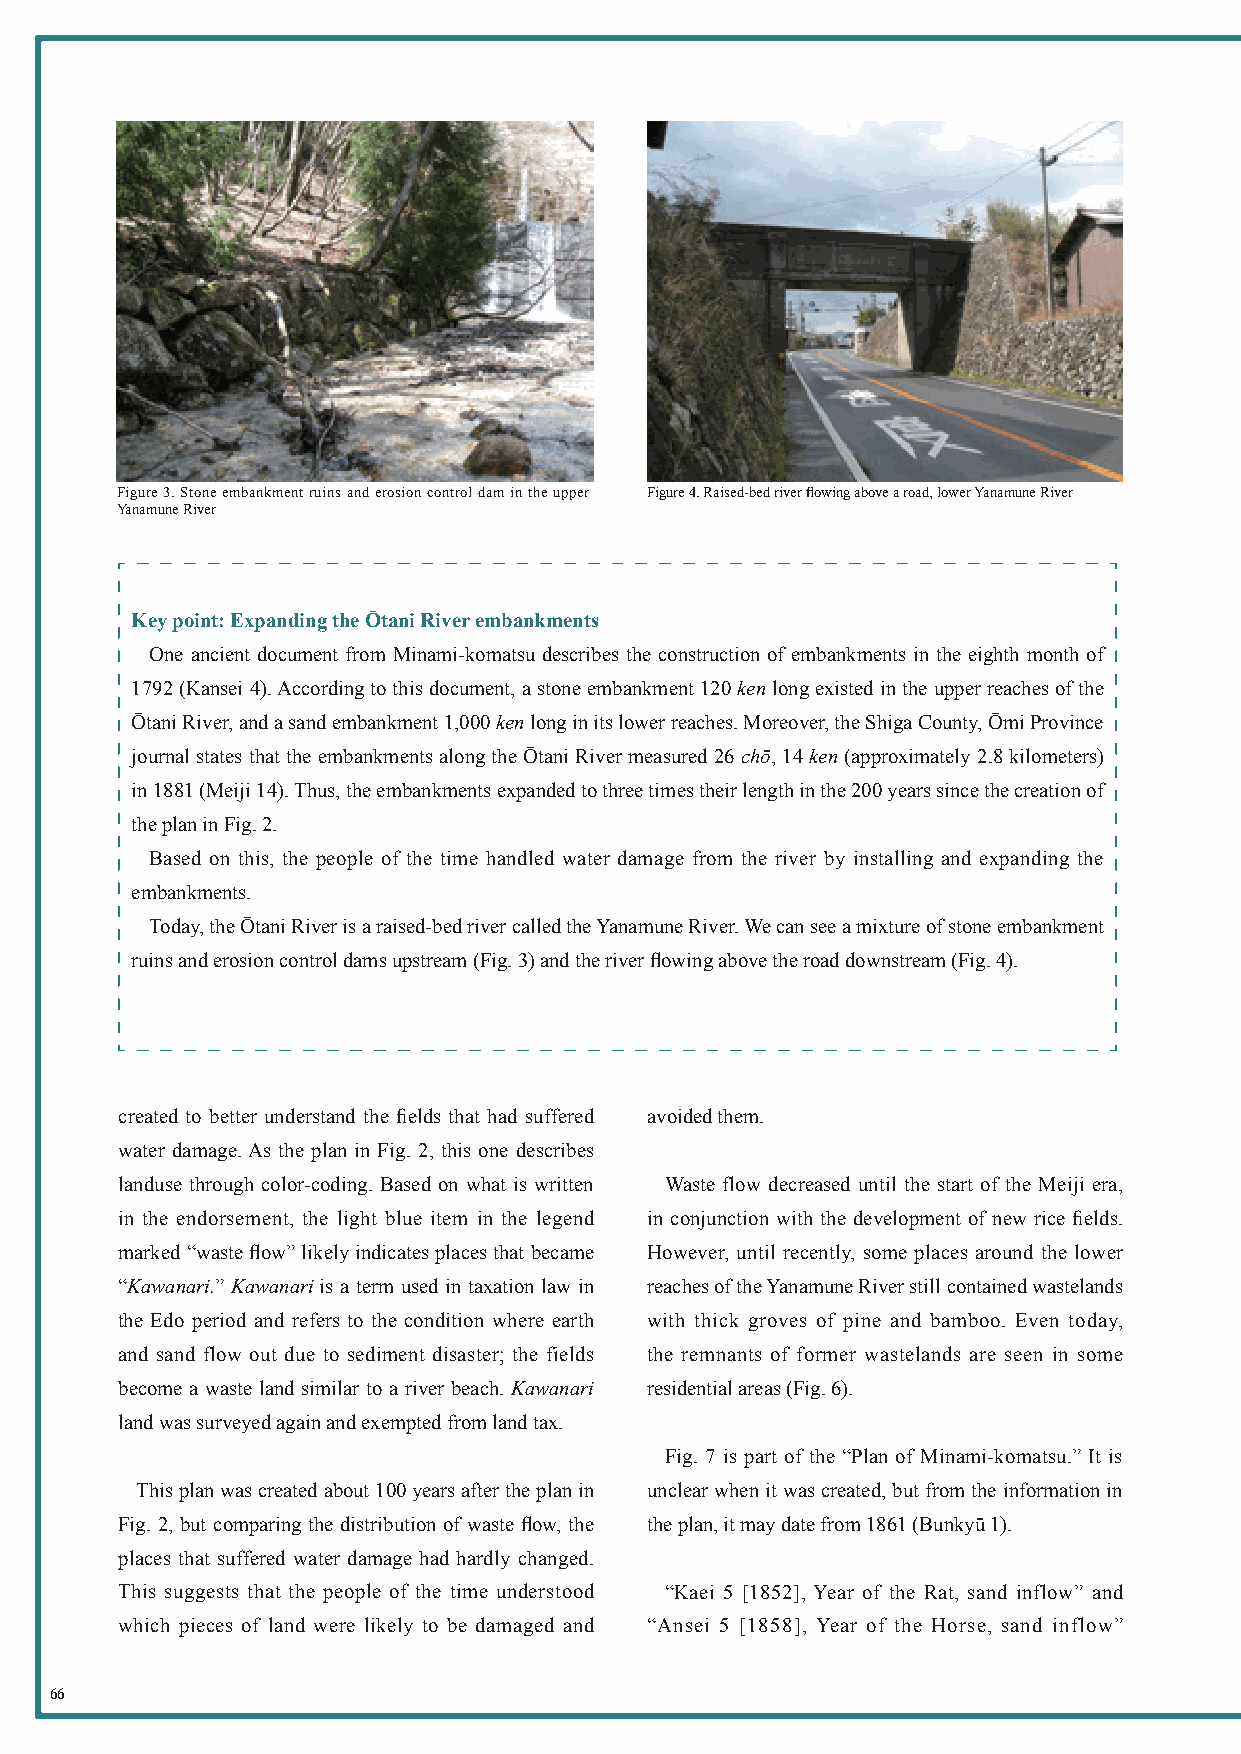
Figure 3. Stone embankment ruins and erosion control dam in the upper Figure 4. Raised-bed river flowing above a road, lower Yanamune River
 Yanamune River
 Key point: Expanding the Ōtani River embankments
 One ancient document from Minami-komatsu describes the construction of embankments in the eighth month of
 1792 (Kansei 4). According to this document, a stone embankment 120 ken long existed in the upper reaches of the
 Ōtani River, and a sand embankment 1,000 ken long in its lower reaches. Moreover, the Shiga County, Ōmi Province
 journal states that the embankments along the Ōtani River measured 26 chō, 14 ken (approximately 2.8 kilometers)
 in 1881 (Meiji 14). Thus, the embankments expanded to three times their length in the 200 years since the creation of
 the plan in Fig. 2.
 Based on this, the people of the time handled water damage from the river by installing and expanding the
 embankments.
 Today, the Ōtani River is a raised-bed river called the Yanamune River. We can see a mixture of stone embankment
 ruins and erosion control dams upstream (Fig. 3) and the river flowing above the road downstream (Fig. 4).
 created to better understand the fields that had suffered avoided them.
 water damage. As the plan in Fig. 2, this one describes
 landuse through color-coding. Based on what is written Waste flow decreased until the start of the Meiji era,
 in the endorsement, the light blue item in the legend in conjunction with the development of new rice fields.
 marked “waste flow” likely indicates places that became However, until recently, some places around the lower
 “Kawanari.” Kawanari is a term used in taxation law in reaches of the Yanamune River still contained wastelands
 the Edo period and refers to the condition where earth with thick groves of pine and bamboo. Even today,
 and sand flow out due to sediment disaster; the fields the remnants of former wastelands are seen in some
 become a waste land similar to a river beach. Kawanari residential areas (Fig. 6).
 land was surveyed again and exempted from land tax.
 Fig. 7 is part of the “Plan of Minami-komatsu.” It is
 This plan was created about 100 years after the plan in unclear when it was created, but from the information in
 Fig. 2, but comparing the distribution of waste flow, the the plan, it may date from 1861 (Bunkyū 1).
 places that suffered water damage had hardly changed.
 Figure 5-1. Plan of Minami-komatsu (Minami-komatsu Neighborhood Association Collection, photo: provided byŌtsu City Museum of History)
 This suggests that the people of the time understood “Kaei 5 [1852], Year of the Rat, sand inflow” and
 which pieces of land were likely to be damaged and “Ansei 5 [1858], Year of the Horse, sand inflow”
 66                                                                                                                                                           67
 英英語語版版��ーー��2200221100331100..iinndddd 6666--6677                                                                                                           22002211//0033//1155 66::4499